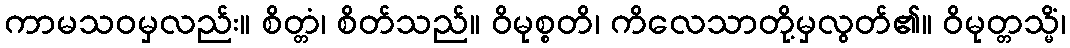
ကာမသဝမှလည်း။ စိတ္တံ၊ စိတ်သည်။ ဝိမုစ္စတိ၊ ကိလေသာတို့မှလွတ်၏။ ဝိမုတ္တသ္မိံ၊